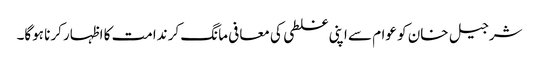
شرجیل خان کو عوام سے اپنی غلطی کی معافی مانگ کر ندامت کا اظہار کرنا ہوگا۔